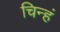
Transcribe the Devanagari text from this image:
चिन्हं